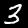
Label: 3